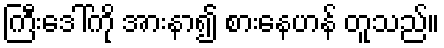
ကြီးဒေါ်ကို အားနာ၍ စားနေဟန် တူသည်။